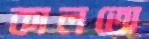
কালতো